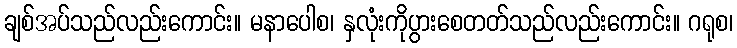
ချစ်အပ်သည်လည်းကောင်း။ မနာပေါစ၊ နှလုံးကိုပွားစေတတ်သည်လည်းကောင်း။ ဂရုစ၊